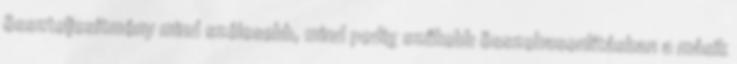
összteljesítmény mind szélesebb, mind pedig szűkebb összehasonlításban a másik